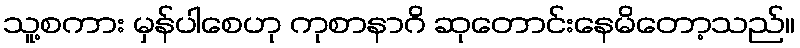
သူ့စကား မှန်ပါစေဟု ကုစာနာဂိ ဆုတောင်းနေမိတော့သည်။